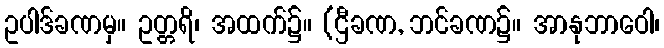
ဥပါဒ်ခဏမှ။ ဥတ္တရိ၊ အထက်၌။ (ဌီခဏ, ဘင်ခဏ၌။ အာနုဘာဝေါ၊